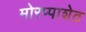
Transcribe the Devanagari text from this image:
मोरप्पाशेठ